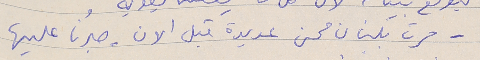
- مرت بلبنان محن عديدة قبل الان - صبرُنا عليها